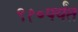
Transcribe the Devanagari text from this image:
९१०पर्यंत